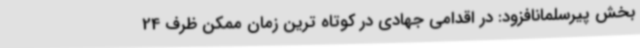
بخش پیرسلمانافزود: در اقدامی جهادی در کوتاه ترین زمان ممکن ظرف 24